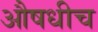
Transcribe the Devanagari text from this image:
औषधीच